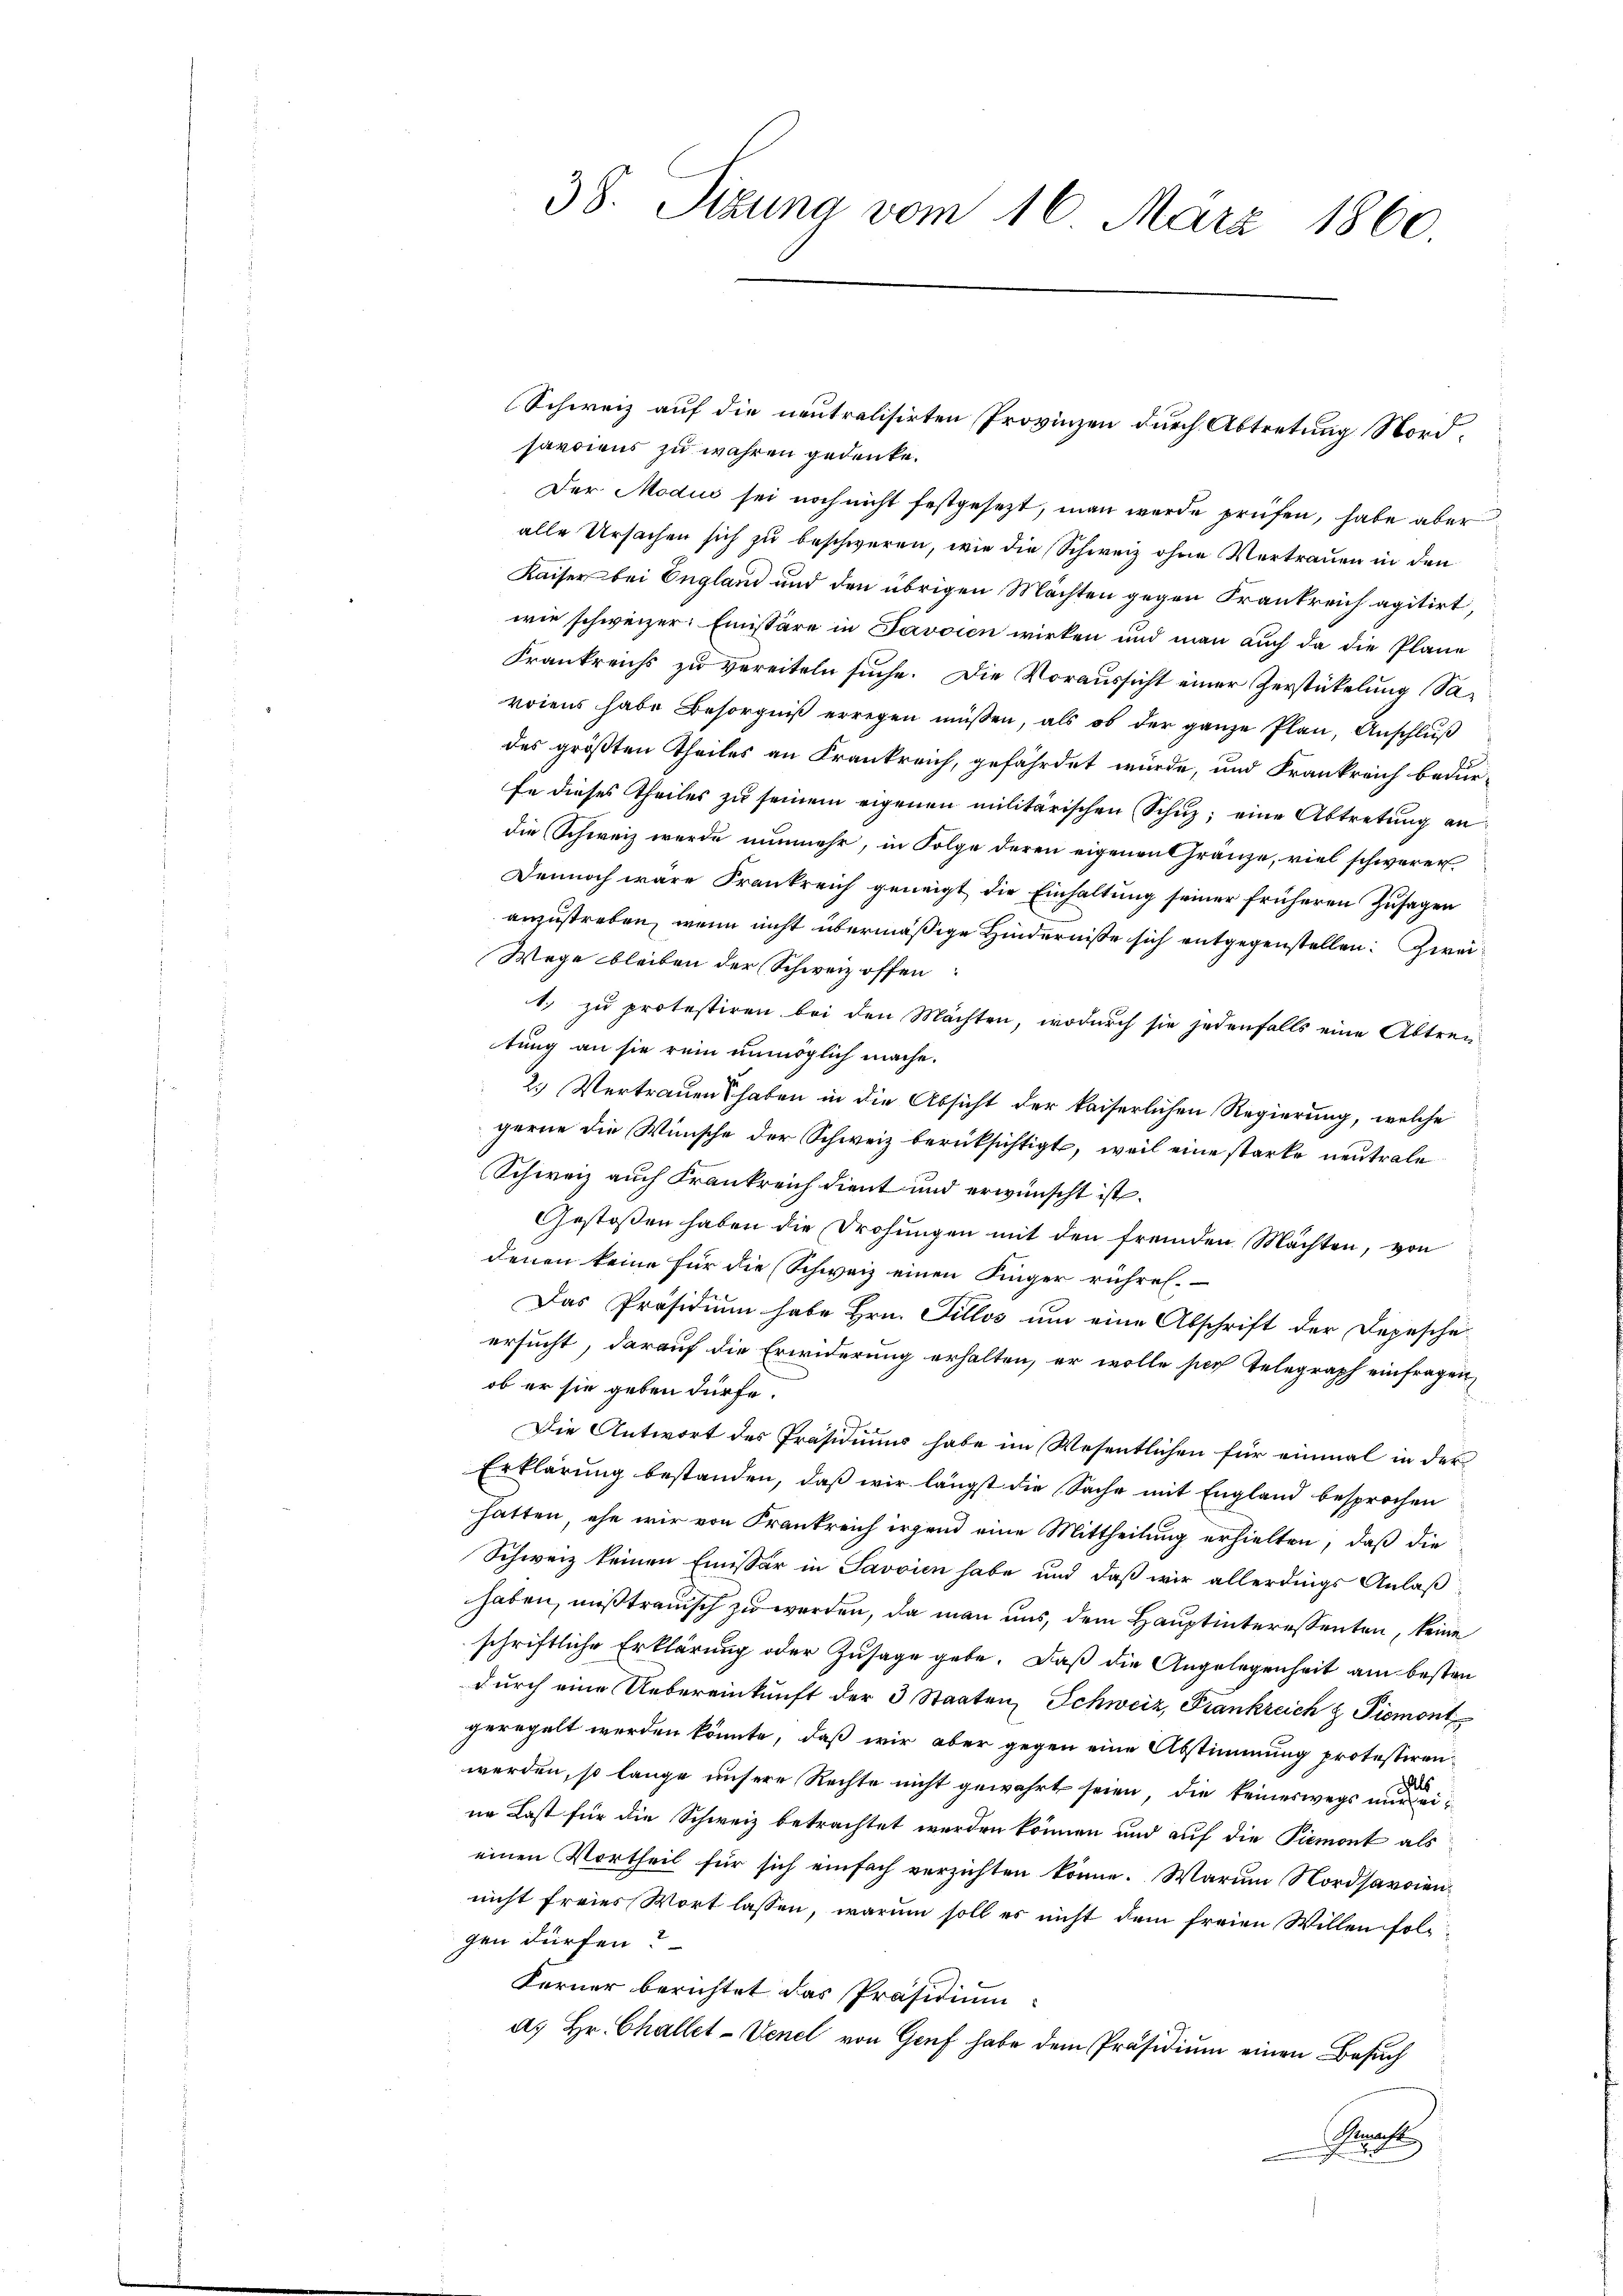
savoiens zu wahren gedenke.
Der Modus sei noch nicht festgesezt, man werde prüfen, habe aber
alle Ursachen sich zu beschweren, wie die Schweiz ohne Vertrauen in den
Kaiser bei England und den übrigen Mächten gegen Krankreich agitirt,
wie schweizer. Emissäre in Javoien wirken und man auch da die Pläne
Frankreichs zu vereiteln suche. Die Voraussicht einer Zerstükelung Saroiens habe Besorgniß erregen müssen, als ob der ganze Plan, Anschluß
des größten Theiles an Frankreich, gefährdet würde, und Frankreich bedur-
fe dieses Theiles zu seinem eigenen militärischen Schuz; eine Abtretung an
die Schweiz werde nunmehr, in Folge deren eigenen Gränze, viel schwerer
Dennoch wäre Frankreich geneigt die Einhaltŭng seiner früheren Zusagen
anzustreben, wenn nicht übermäßige Hinderniße sich entgegenstellen. Zwei¬
Wege bleiben der Schweiz offen
1. zu protestiren bei den Mächten, wodurch sie jedenfalls eine Abtren
tung an sie rein unmöglich mache.
2.) Vertrauen haben in die Absicht der kaiserlichen Regierung, welche
gerne die Wünsche der Schweiz berücksichtigt, weil eine starke neutrale
Schweiz auch Frankreich dient und erwünscht ist.
Gestossen haben die Drohungen mit den fremden Mächten, von
denen keine für die Schweiz einen Singer rühren.
Das Präsidium habe Hrn. Sillos um eine Abschrift der Depesche-
ersucht, darauf die Erwiderung erhalten, er wolle sich Telegraph einfragen,
ob er sie geben dürfe.
Die Antwort des Präsidiums habe im Wesentlichen für einmal in der
Erklärung bestanden, daß wir längst die Sache mit England besprochen
hatten, ehe wir von Frankreich irgend eine Mittheilung erhielten, daß die
Schweiz keinen Emissär in Savoien habe und daß wir allerdings Anlaß
haben, mißtrauisch zu werden, da man uns, dem Hauptinteressenten, keine
schriftliche Erklärung oder Zusage gebe. Daß die Angelegenheit am besten
durch eine Uebereinkunft der 3 Staaten, Schweiz, Frankreich  Piemont
geregelt werden könnte, daß wir aber gegen eine Abstimmung protestirenwerden, so lange unsere Rechte nicht gewahrt seien, die keineswegs nur eils
ne Last für die Schweiz betrachtet werden können und auf die Piemont als
einen Vortheil für sich einfach verzichten könne. Warum Nordsavoiennicht freies Wort lassen, warum soll es nicht dem freien Willen folgen dürfen?
Ferner berichtet das Präsidium
a. Hr. Challet-Venel von Genf habe dem Präsidium einen Besuch
Rat

38. Sizung vom 16. März 1860

Schweiz auf die neutralisirten Provinzen durch Abtretung Nord¬